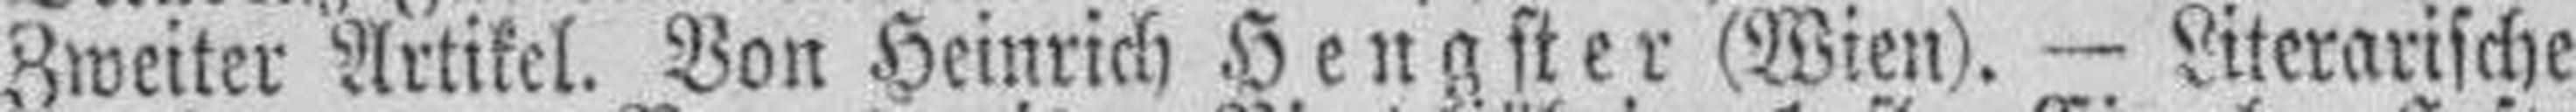
Zweiter Artikel. Von Heinrich Hengster  (Wien). — Literarische